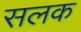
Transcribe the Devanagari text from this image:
सलक